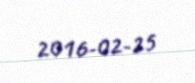
2016-02-25